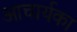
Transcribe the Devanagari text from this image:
आचार्यका